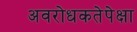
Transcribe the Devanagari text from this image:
अवरोधकतेपेक्षा